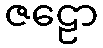
ဇဠော